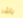
باشر